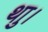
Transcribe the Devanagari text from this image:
थाु।